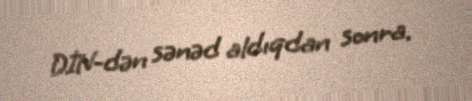
DİN-dən sənəd aldıqdan sonra.